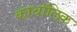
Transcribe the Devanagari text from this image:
काथॉलिक